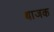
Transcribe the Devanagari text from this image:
थाजक